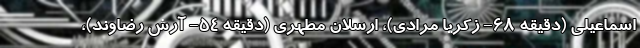
اسماعیلی (دقیقه ۶۸- زکریا مرادی)، ارسلان مطهری (دقیقه ۵۴- آرش رضاوند)،